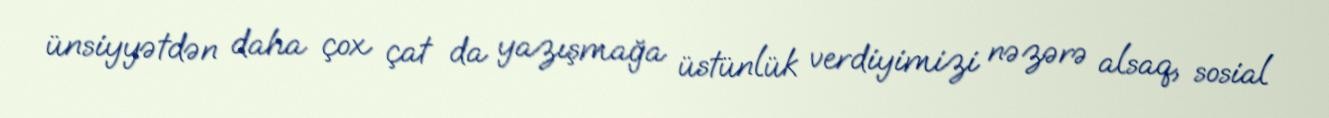
ünsiyyətdən daha çox çat da yazışmağa üstünlük verdiyimizi nəzərə alsaq, sosial